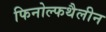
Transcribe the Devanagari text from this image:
फिनोल्फथैलीन